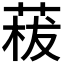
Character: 𦴡